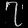
Digit: ၇